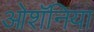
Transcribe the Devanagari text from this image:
ओशॅनिया